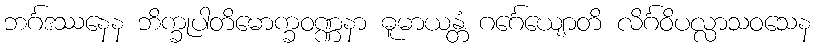
ဘင်္ဂဒဿနေန ဘိက္ခုပါတိမောက္ခဝဏ္ဏနာ ဓူမာယန္တံ ဂင်္ဂေယျောတိ လိင်္ဂဝိပလ္လာသဝသေန